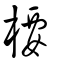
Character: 楆